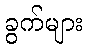
ခွက်များ